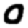
Digit: 0